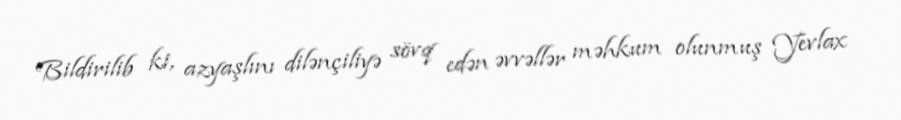
Bildirilib ki, azyaşlını dilənçiliyə sövq edən əvvəllər məhkum olunmuş Yevlax